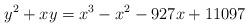
LaTeX: \begin{align*}y^2+xy=x^3-x^2-927x+11097\end{align*}